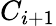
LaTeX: C_{i+1}